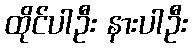
ထိုင်ပါဦး နားပါဦး